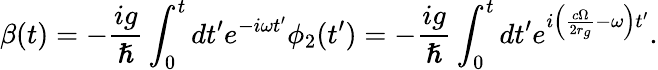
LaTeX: \beta(t)=-\frac{ig}{\hslash}\int_{0}^{t}dt^{\prime}e^{-i\omega t^{\prime}}\phi_{2}(t^{\prime})=-\frac{ig}{\hslash}\int_{0}^{t}dt^{\prime}e^{i\left(\frac{c\Omega}{2r_{g}}-\omega\right)t^{\prime}}.